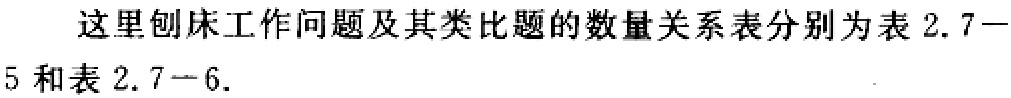
这里刨床工作问题及其类比题的数量关系表分别为表 2.7—5 和表 2.7—6.